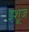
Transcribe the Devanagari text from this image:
इशूज